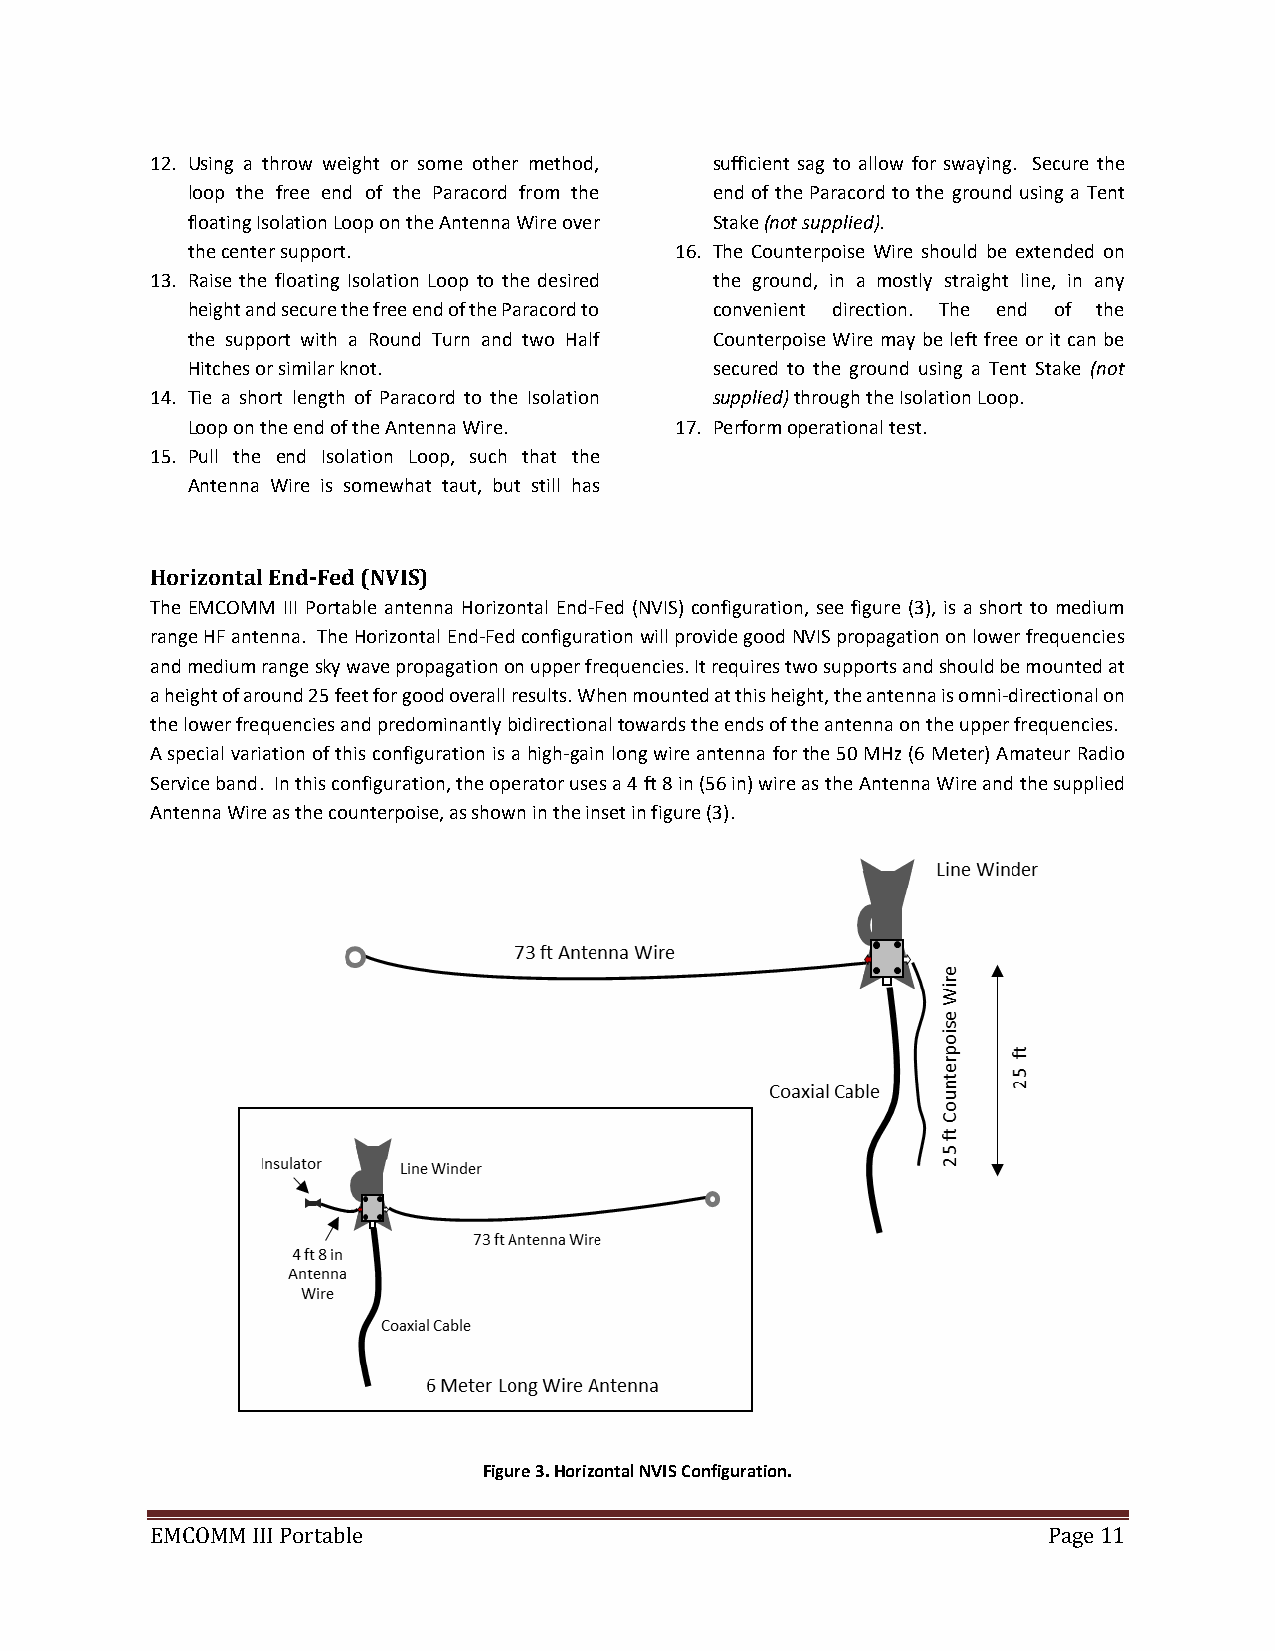
12. Using a throw weight or some other method, sufficient sag to allow for swaying. Secure the
 loop the free end of the Paracord from the end of the Paracord to the ground using a Tent
 floating Isolation Loop on the Antenna Wire over Stake (not supplied).
 the center support.              16. The Counterpoise Wire should be extended on
 13. Raise the floating Isolation Loop to the desired the ground, in a mostly straight line, in any
 height and secure the free end of the Paracord to convenient direction. The end of the
 the support with a Round Turn and two Half Counterpoise Wire may be left free or it can be
 Hitches or similar knot.           secured to the ground using a Tent Stake (not
 14. Tie a short length of Paracord to the Isolation supplied) through the Isolation Loop.
 Loop on the end of the Antenna Wire. 17. Perform operational test.
 15. Pull the end Isolation Loop, such that the
 Antenna Wire is somewhat taut, but still has
 Horizontal End-Fed (NVIS)
 The EMCOMM III Portable antenna Horizontal End-Fed (NVIS) configuration, see figure (3), is a short to medium
 range HF antenna. The Horizontal End-Fed configuration will provide good NVIS propagation on lower frequencies
 and medium range sky wave propagation on upper frequencies. It requires two supports and should be mounted at
 a height of around 25 feet for good overall results. When mounted at this height, the antenna is omni-directional on
 the lower frequencies and predominantly bidirectional towards the ends of the antenna on the upper frequencies.
 A special variation of this configuration is a high-gain long wire antenna for the 50 MHz (6 Meter) Amateur Radio
 Service band. In this configuration, the operator uses a 4 ft 8 in (56 in) wire as the Antenna Wire and the supplied
 Antenna Wire as the counterpoise, as shown in the inset in figure (3).
 Figure 3. Horizontal NVIS Configuration.
 EMCOMM III Portable                                        Page 11